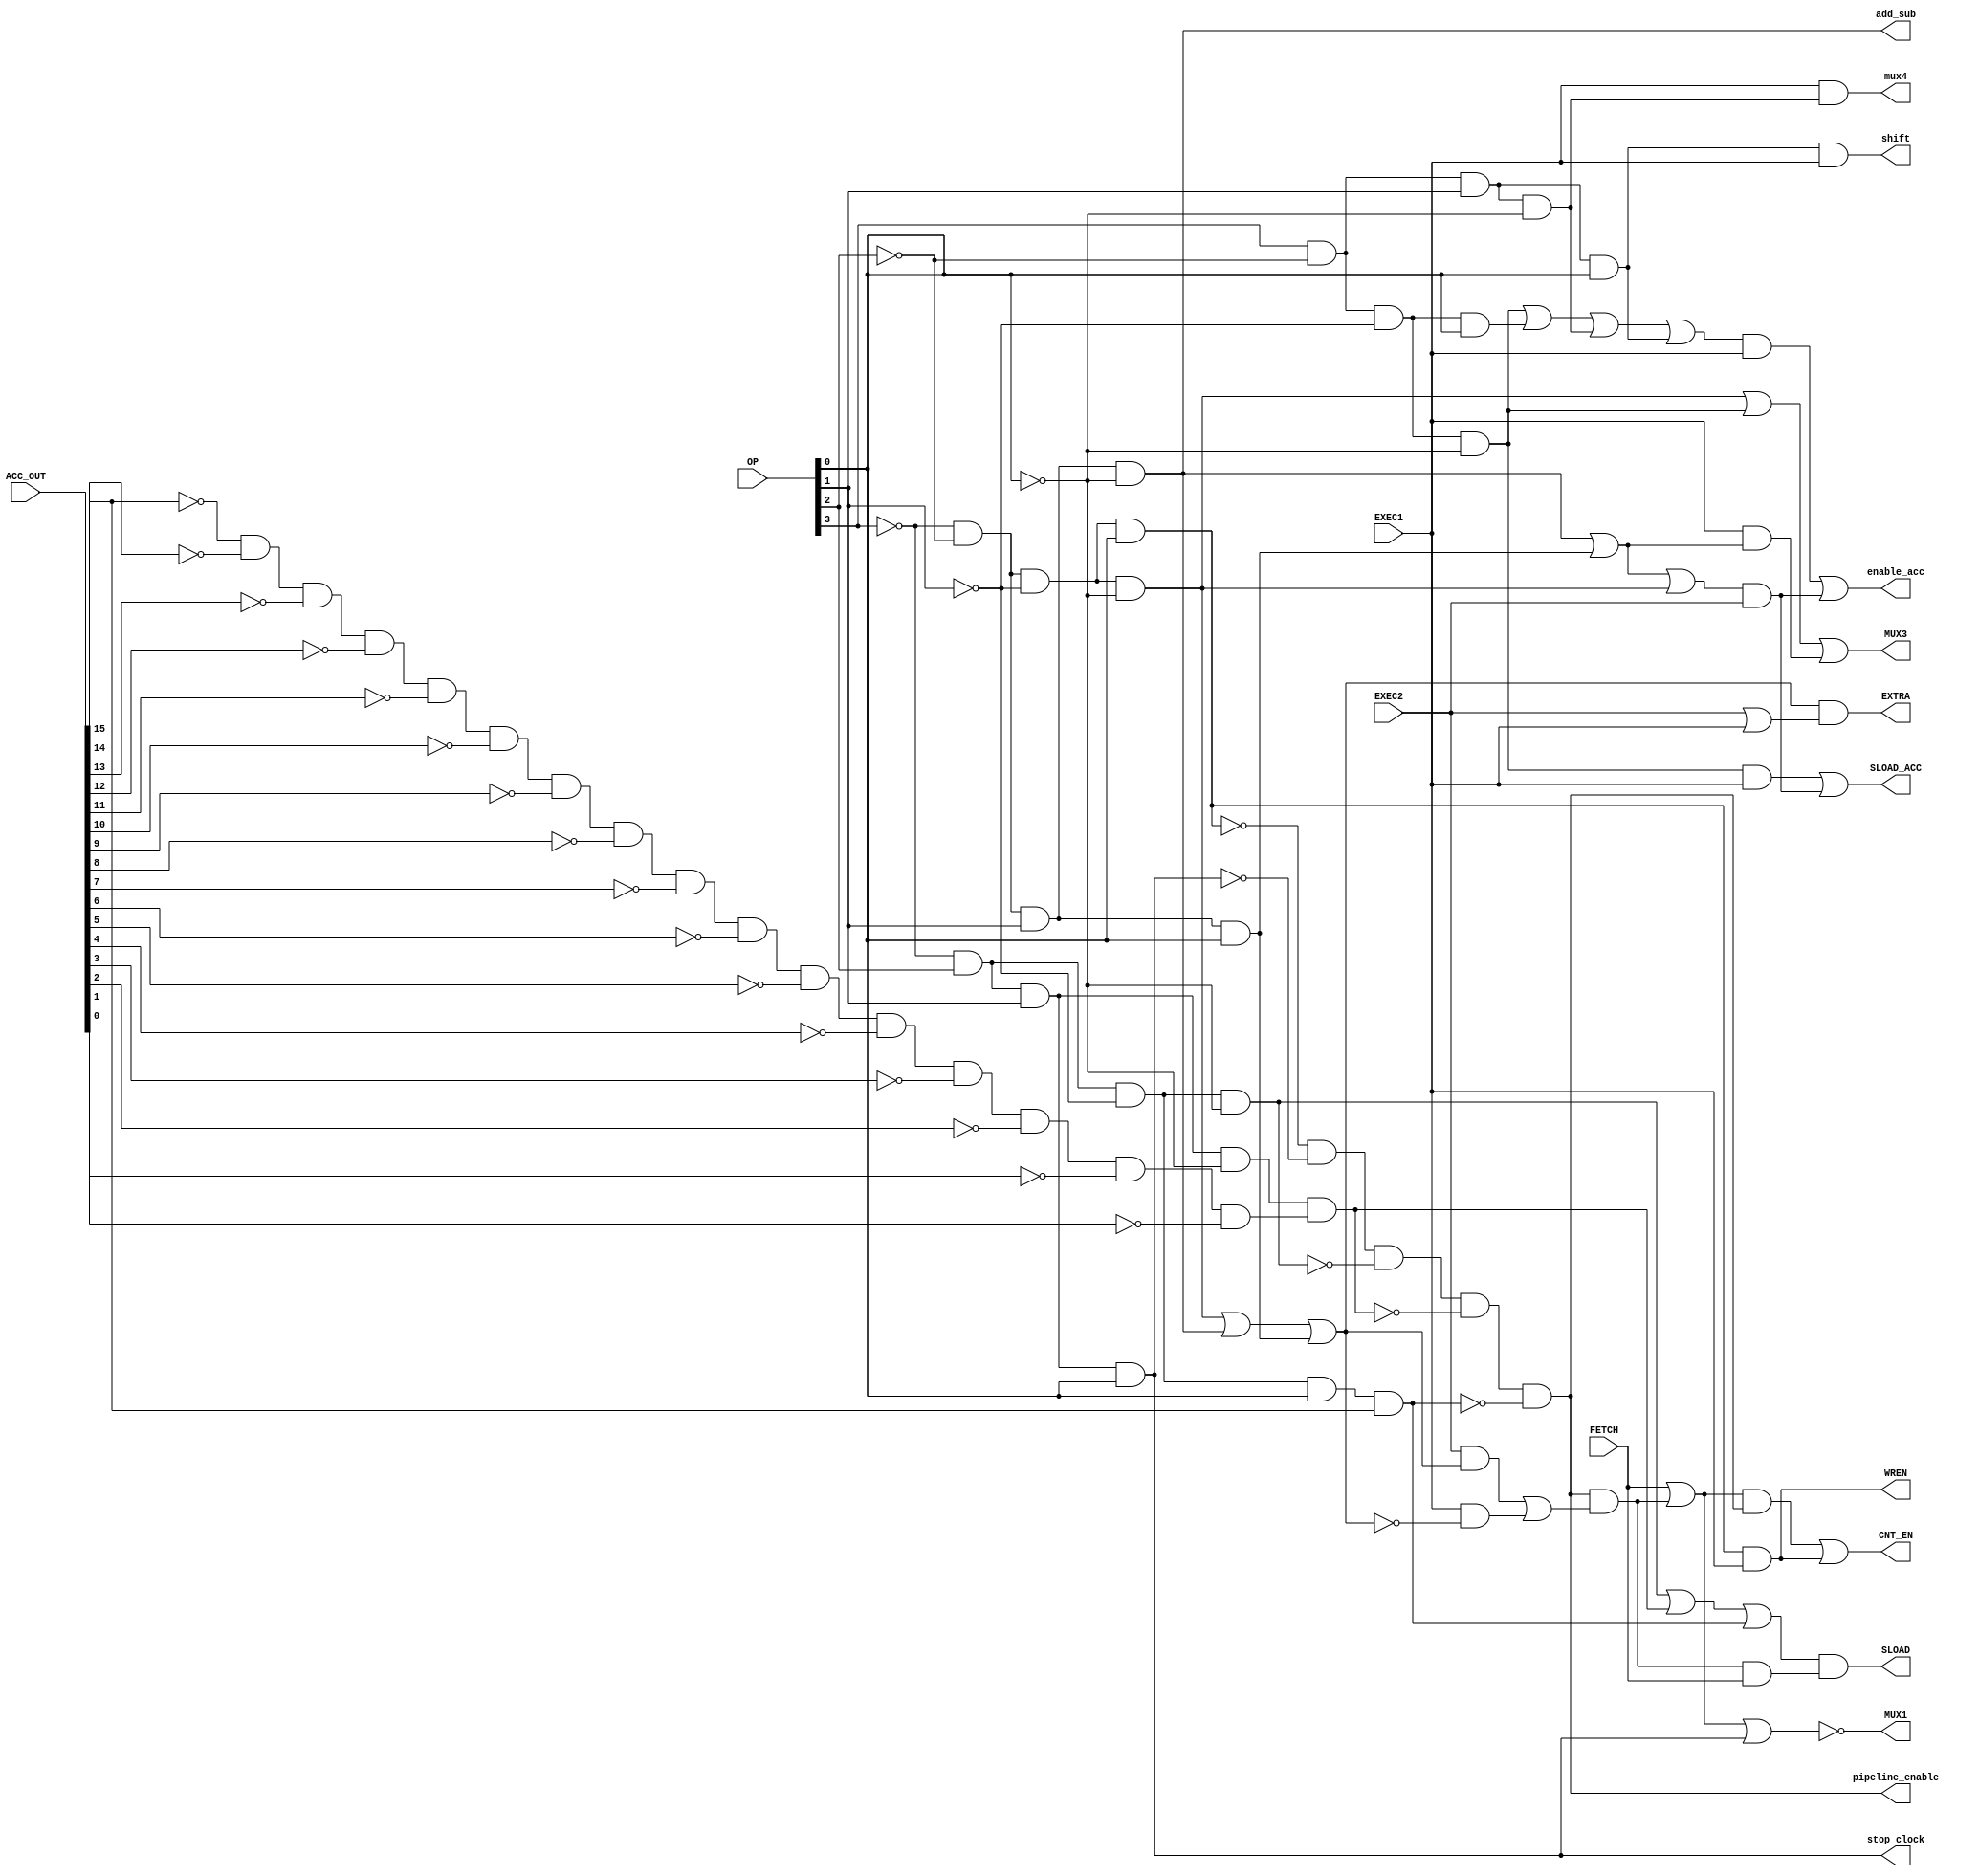
module DECODER_CHECK
(
	input FETCH,
	input EXEC1,
	input EXEC2,
	input [15:12] OP,
	input [15:0] ACC_OUT,
	output EXTRA,
	output MUX1,
	output MUX3,
	output SLOAD,
	output CNT_EN,
	output WREN,
	output SLOAD_ACC,
	output shift,
	output enable_acc,
	output add_sub,
	output mux4,
	output pipeline_enable,
	output stop_clock
);
	wire LDA, STA, ADD, SUB, JMP, JMI, JEQ, STP, LDI, LSL, LSR, EQ, MI, ASR, PL, VF, EXTRA_WIRE;
	assign LDA = ~OP[15]&~OP[14]&~OP[13]&~OP[12]; 	// LDA 0000 0
	assign STA = ~OP[15]&~OP[14]&~OP[13]&OP[12];		// STA 0001 1
	assign ADD = ~OP[15]&~OP[14]&OP[13]&~OP[12];		// ADD 0010 2
	assign SUB = ~OP[15]&~OP[14]&OP[13]&OP[12];		// SUB 0011 3
	
	assign JMP = ~OP[15]&OP[14]&~OP[13]&~OP[12];		// JMP 0100 4
	assign JMI = ~OP[15]&OP[14]&~OP[13]&OP[12];		// JMI 0101 5
	assign JEQ = ~OP[15]&OP[14]&OP[13]&~OP[12];		// JEQ 0110 6
	
	assign STP = ~OP[15]&OP[14]&OP[13]&OP[12];		// STP 0111 7
	assign LDI = OP[15]&~OP[14]&~OP[13]&~OP[12];		// LDI 1000 8 
	assign LSL = OP[15]&~OP[14]&~OP[13]&OP[12];		// LSL 1001 9 (Implement this)
	assign LSR = OP[15]&~OP[14]&OP[13]&~OP[12];		// LSR 1010 A
	assign ASR = OP[15]&~OP[14]&OP[13]&OP[12];      // ASR 1011 B 
	assign EQ = ~ACC_OUT[15]&~ACC_OUT[14]&~ACC_OUT[13]&~ACC_OUT[12]&~ACC_OUT[11]&~ACC_OUT[10]&~ACC_OUT[9]&~ACC_OUT[8]&~ACC_OUT[7]&~ACC_OUT[6]&~ACC_OUT[5]&~ACC_OUT[4]&~ACC_OUT[3]&~ACC_OUT[2]&~ACC_OUT[1]&~ACC_OUT[0];
	assign MI = ACC_OUT[15];
	
	assign EXTRA_WIRE = (LDA|ADD|SUB);
	assign PL = ~STA&~STP&~JMP&~(JEQ&EQ)&~(JMI&MI);
	assign VF = PL&(EXEC2&EXTRA_WIRE | EXEC1&~EXTRA_WIRE);
 

	
	assign EXTRA = (LDA|ADD|SUB)&(EXEC2|EXEC1);
	//assign MUX1 = (VF|FETCH)&(STA|ADD|SUB|LDA|(JMI&MI)|(JEQ&EQ)|JMP) | EXEC1&(ADD|SUB|LDA);
	assign MUX1 =  ~(FETCH|VF|STP);
	assign MUX3 = (LDA|LDI) | (EXEC1&(ADD|SUB)) ;
	assign SLOAD = (JMP | (JEQ&EQ) | (JMI&MI))&(VF&FETCH); 
	assign CNT_EN = (FETCH|VF)&PL| STA&EXEC1;
	//assign CNT_EN = EXEC1&(LDA|ADD|SUB) | (VF|FETCH)&(ASR|LDI|STA|LSL|LSR|(JMI&~MI)|(JEQ&~EQ));
	assign WREN = STA&EXEC1;
	assign SLOAD_ACC = (LDI)&EXEC1 | (SUB|ADD|LDA)&EXEC2;
	assign add_sub = ADD;
	assign shift = ASR&EXEC1;
	assign enable_acc = (LDI|LSL|LSR|ASR)&EXEC1 | (SUB|ADD|LDA)&EXEC2;
	assign mux4 = EXEC1&LSR;
	assign stop_clock = STP;
	
	assign pipeline_enable = PL;
	
endmodule